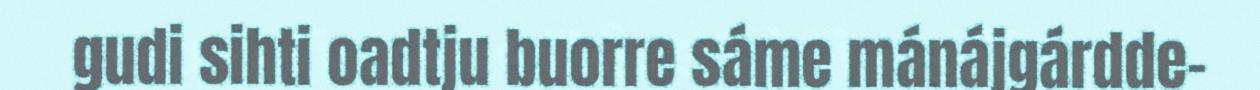
gudi sihti oadtju buorre sáme mánájgárdde-